Civil Veterinary Department Bengal reports 1923-33 - 1923-1933
Year: 1923
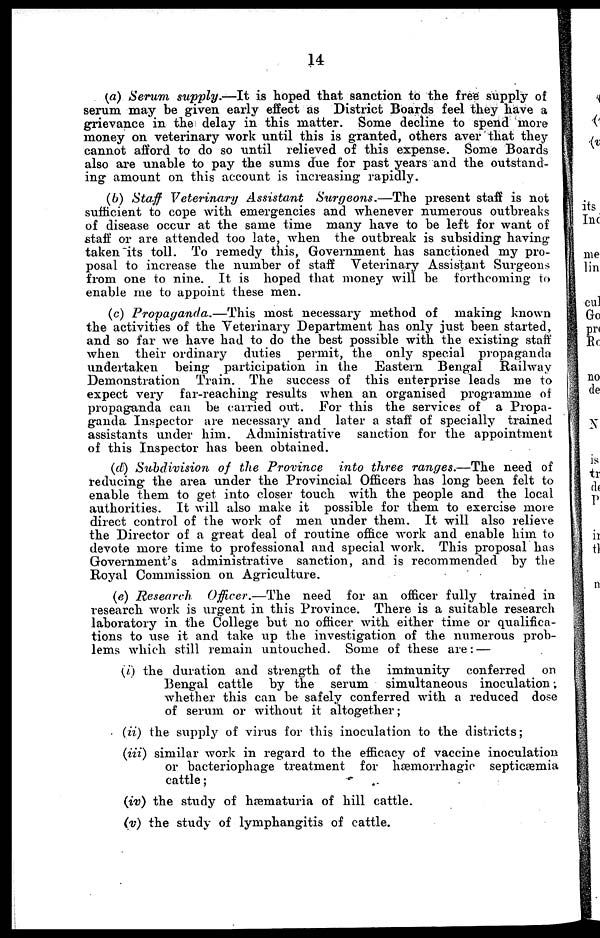
14
(a) Serum supply.—It is hoped that sanction to the free supply of
serum may be given early effect as District Boards feel they have a
grievance in the delay in this matter. Some decline to spend more
money on veterinary work until this is granted, others aver that they
cannot afford to do so until relieved of this expense. Some Boards
also are unable to pay the sums due for past years and the outstand-
ing amount on this account is increasing rapidly.
(b) Staff Veterinary Assistant
Surgeons.—The
present staff is not
sufficient to cope with emergencies and whenever numerous outbreaks
of disease occur at the same time many have to be left for want of
staff or are attended too late, when the outbreak is subsiding having
taken its toll. To remedy this, Government has sanctioned my pro-
posal to increase the number of staff Veterinary Assistant Surgeons
from one to nine. It is hoped that money will be forthcoming to
enable me to appoint these men.
(c) Propaganda.—This
most necessary method of making known
the activities of the Veterinary Department has only just been started,
and so far we have had to do the best possible with the existing staff
when their ordinary duties permit, the only special propaganda
undertaken being participation in the Eastern Bengal
Railway
Demonstration Train. The success of this enterprise leads me to
expect very far-reaching results when an organised programme of
propaganda can be carried out. For this the services of a Propa-
ganda Inspector are necessary and later a staff of specially trained
assistants under him. Administrative sanction for the appointment
of this Inspector has been obtained.
(d) Subdivision
of the Province
into three ranges.—The need of
reducing the area under the Provincial Officers has long been felt to
enable them to get into closer touch with the people and the local
authorities. It will also make it possible for them to exercise more
direct control of the work of men under them. It will also relieve
the Director of a great deal of routine office work and enable him to
devote more time to professional and special work. This proposal has
Government's administrative sanction, and is recommended by the
Royal Commission on Agriculture.
(e) Research
Officer.—The need for an officer fully trained in
research work is urgent in this Province. There is a suitable research
laboratory in the College but no officer with either time or qualifica-
tions to use it and take up the investigation of the numerous prob-
lems which still remain untouched. Some of these are: —
(i) the duration and strength of the immunity conferred on
Bengal cattle by the serum simultaneous inoculation;
whether this can be safely conferred with a reduced dose
of serum or without it altogether;
(ii) the supply of virus for this inoculation to the districts;
(iii) similar work in regard to the efficacy of vaccine inoculation
or bacteriophage treatment for hæmorrhagic septicæmia
cattle;
(iv) the study of hæmaturia of hill cattle.
(v) the study of lymphangitis of cattle.